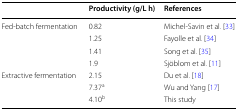
<table><thead><tr><td></td><td><b>Productivity (g/L h)</b></td><td><b>References</b></td></tr></thead><tbody><tr><td rowspan="4">Fed-batch fermentation</td><td>0.82</td><td>Michel-Savin et al. [33]</td></tr><tr><td>1.25</td><td>Fayolle et al. [34]</td></tr><tr><td>1.41</td><td>Song et al. [35]</td></tr><tr><td>1.9</td><td>Sjöblom et al. [11]</td></tr><tr><td rowspan="3">Extractive fermentation</td><td>2.15</td><td>Du et al. [18]</td></tr><tr><td>7.37<sup>a</sup></td><td>Wu and Yang [17]</td></tr><tr><td>4.10<sup>b</sup></td><td>This study</td></tr></tbody></table>